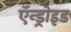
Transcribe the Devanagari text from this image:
ऍन्ड्रोइड